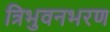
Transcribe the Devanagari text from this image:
त्रिभुवनभरण